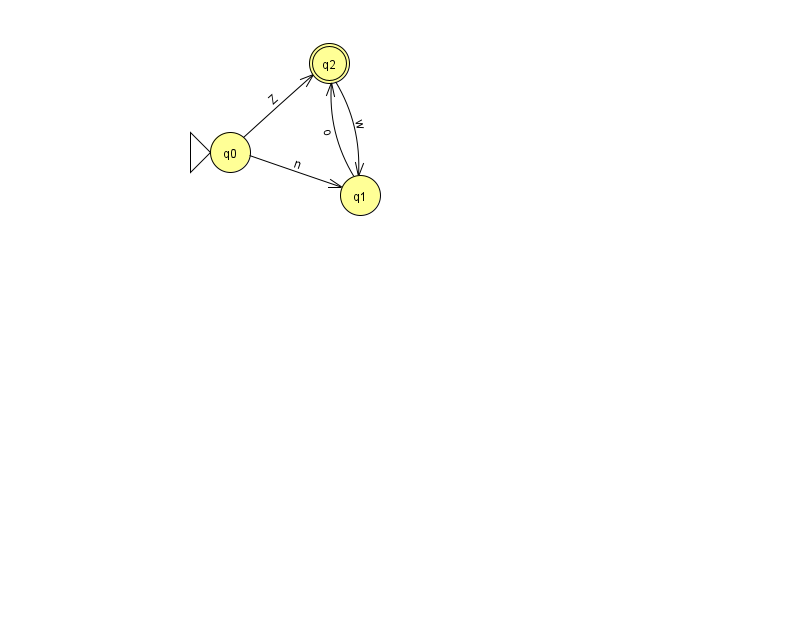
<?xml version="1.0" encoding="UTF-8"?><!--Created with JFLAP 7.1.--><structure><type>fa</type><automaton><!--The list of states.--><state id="0" name="q0"><x>230.0</x><y>139.0</y><initial/></state><state id="1" name="q1"><x>360.0</x><y>182.0</y></state><state id="2" name="q2"><x>329.0</x><y>50.0</y><final/></state><!--The list of transitions.--><transition><from>1</from><to>2</to><read>o</read></transition><transition><from>0</from><to>1</to><read>n</read></transition><transition><from>2</from><to>1</to><read>w</read></transition><transition><from>0</from><to>2</to><read>Z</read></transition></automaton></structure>